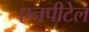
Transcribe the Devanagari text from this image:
एनपीटेल